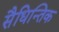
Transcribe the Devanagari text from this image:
सैधिन्तिक